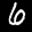
Label: 6